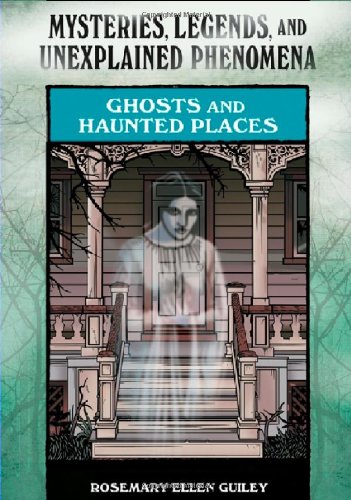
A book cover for Ghosts and Haunted Places (Mysteries, Legends, and Unexplained Phenomena); Rosemary Ellen Guiley; Teen & Young Adult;